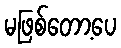
မဖြစ်တော့ပေ